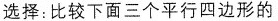
选择：比较下面三个平行四边形的